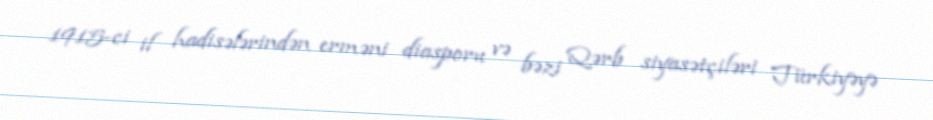
1915-ci il hadisələrindən erməni diasporu və bəzi Qərb siyasətçiləri Türkiyəyə